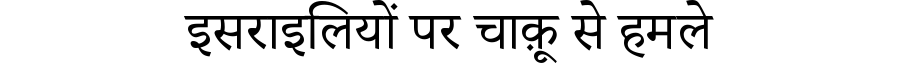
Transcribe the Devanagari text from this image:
इसराइलियों पर चाक़ू से हमले